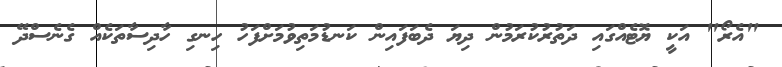
"އެރޯ" އަކީ ޔޮޓެއްގައި ދަތުރުކުރަމުން ދިޔަ ދެބަފައިން ކަނޑުމަތިވުމަށްފަހު ހިނގި ހާދިސާތަކެއް ގެނެސްދޭ